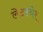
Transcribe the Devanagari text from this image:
लेटस्चेर